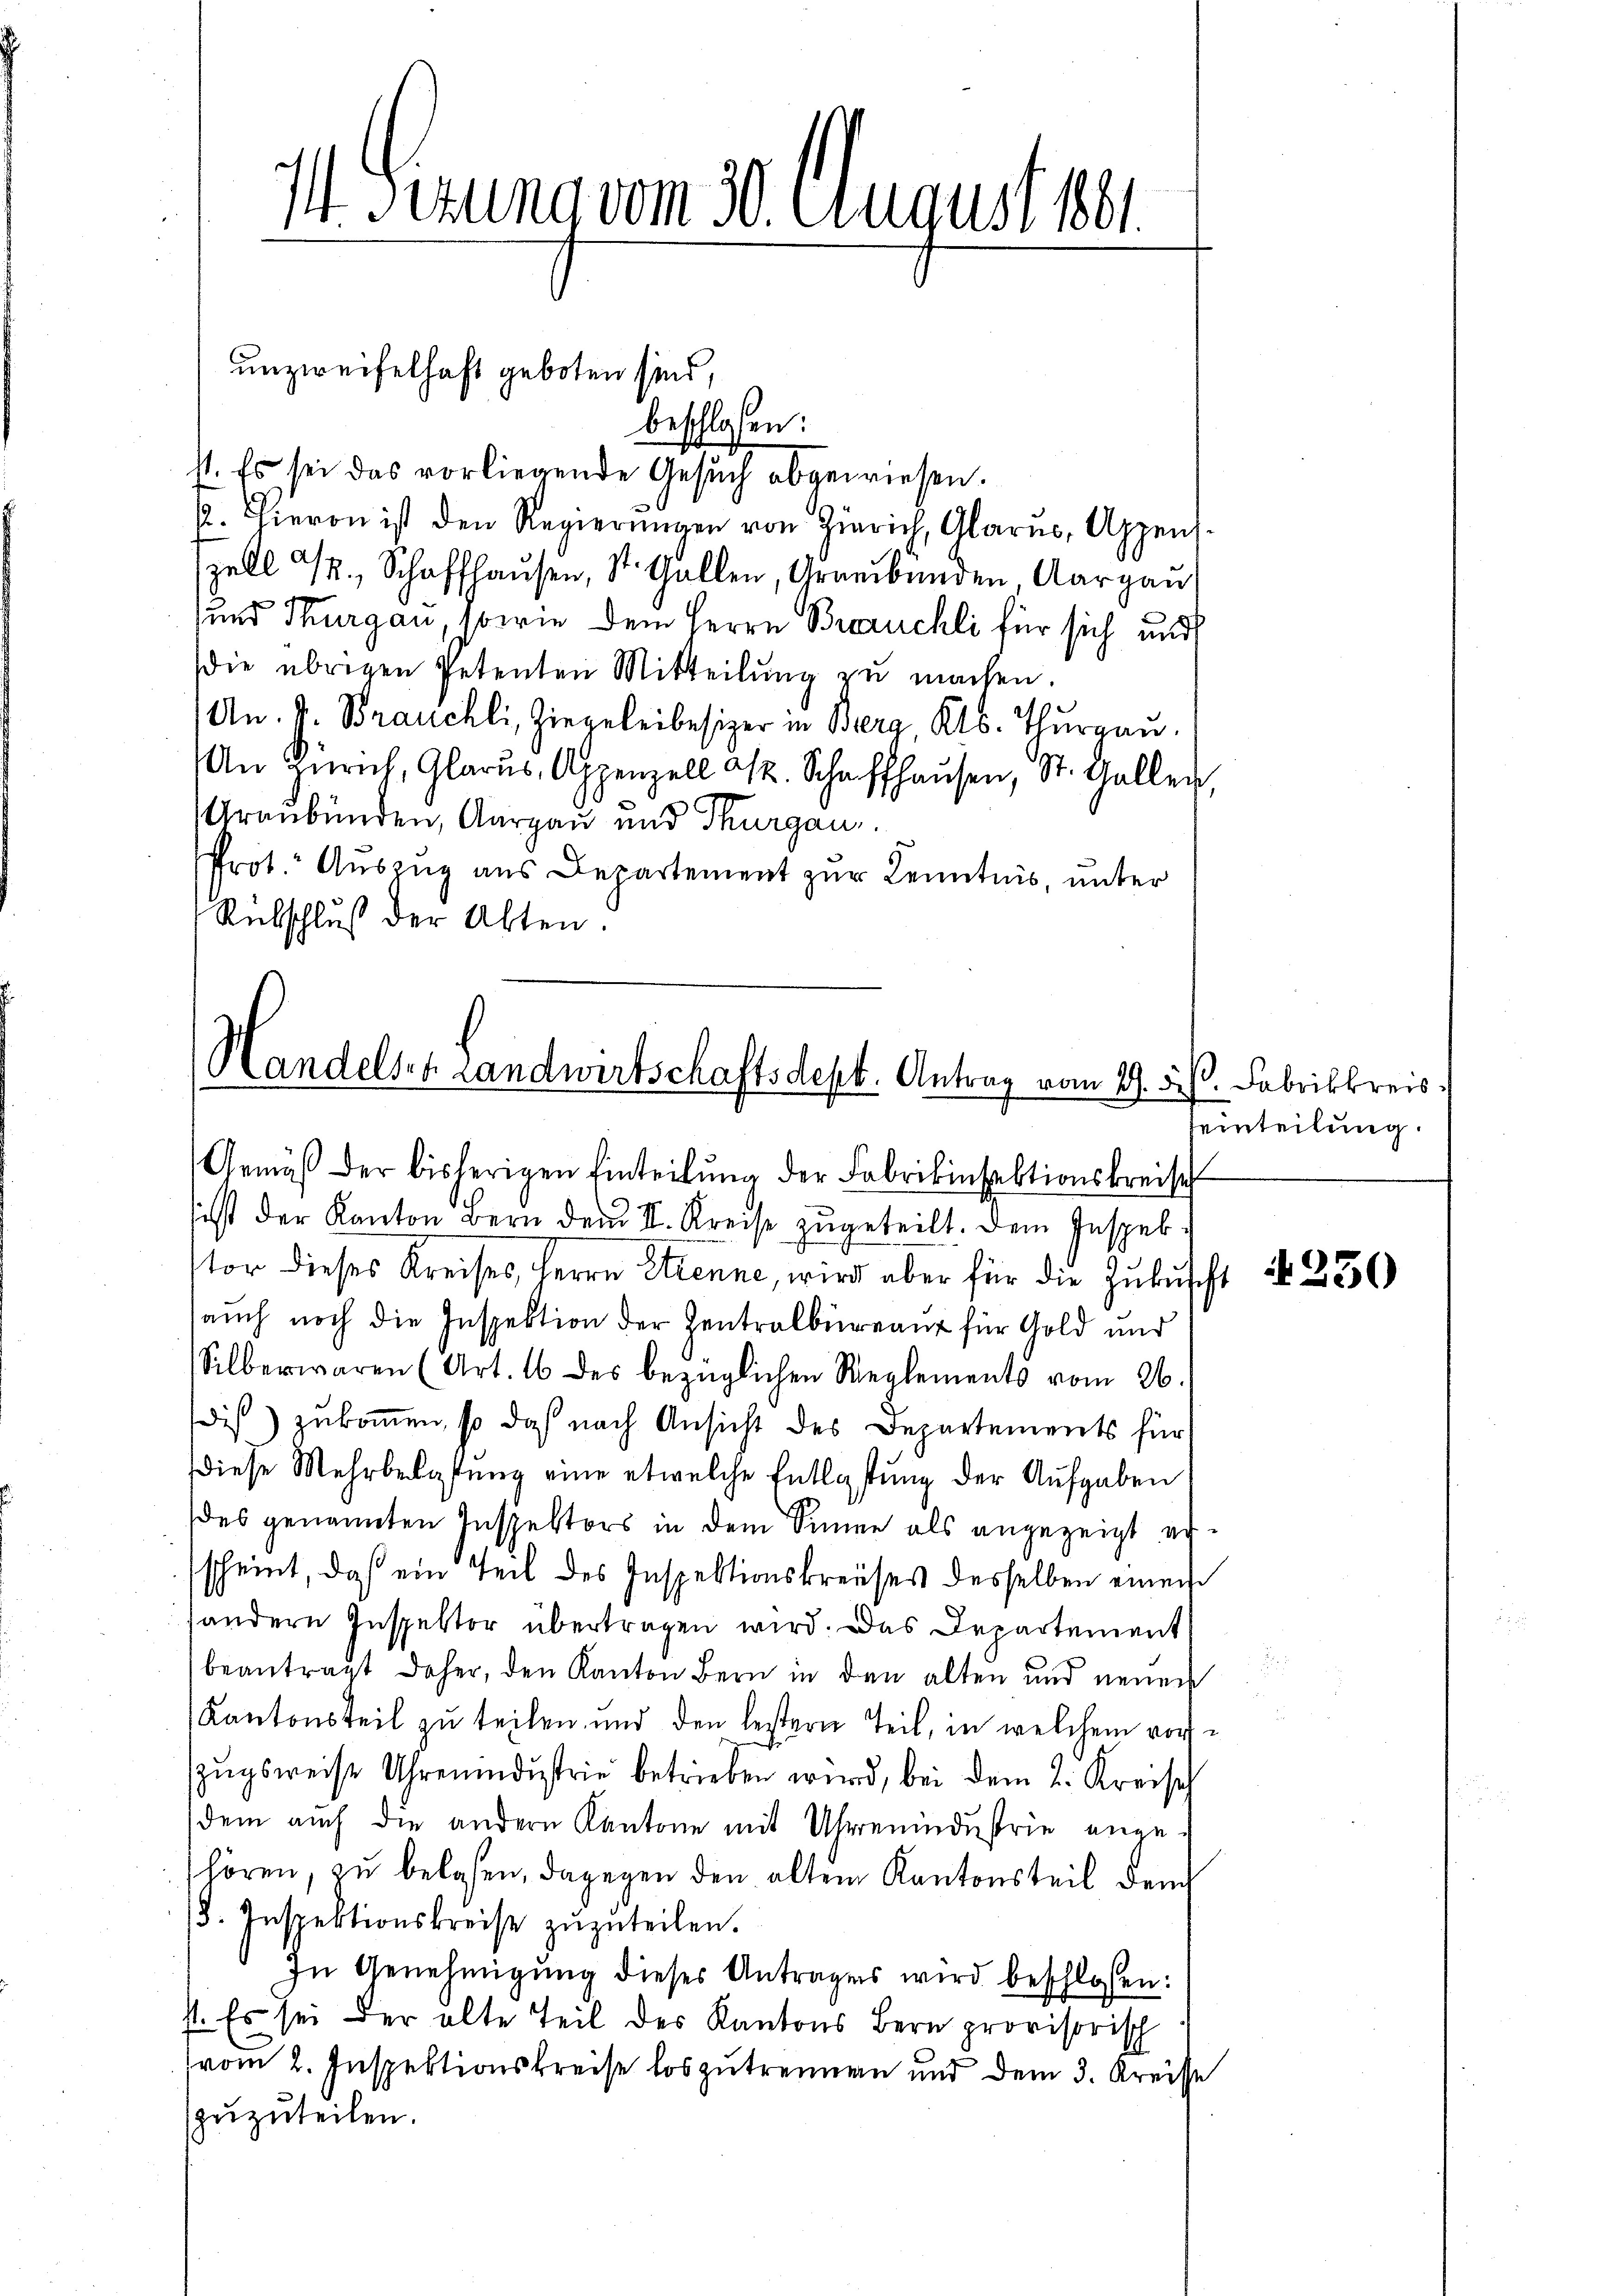
I Gerung vom 30. August 191.

unzweifelhaft geboten sind,

beschlossen:
st. Es sei das vorliegende Gesŭch abgewiesen.
2. Hieron ist den Regierŭngen von Zürich, Glarus, Appens.
zell I., Schaffhaŭsen, St. Gallen, Graubungen Aargau
und Thurgau, sowie dem Herrn Brauchli für sich und
die übrigen Petenten Mitteilŭng zŭ machen.
An. v. Brauchli, Ziegeleibesizer in Berg, Kts. Thurgau.
An Zürich, Glarus, Appenzell ist. Schaffhausen, St. Gallen,
Uranbunden, Aargau und Thurgau,
Prot. Auszug aus Departement zur Kenntnis, unter
Rübschluß der Akten.

Handels- u. Landwirtschaftsdept. Antrag vom 19. 5.
Gemäß der bisherigen Einteilung der Fabrikinsektionskreisch

sist der Kanton Bern dem II. Kreise zugeteilt. Dem Inspektor dieses Kreises, Herrn Strenne, wird aber für die Zukuscht
auch noch die Inspektion der Zentralbureau für Gold und
Silberwaren (Art. 16 des bezüglichen Reglements vom 26.
dis zukommen, so daß nach Ansicht des Departements für
diese Mehrbelastung eine etwelche Entlastung der Aufgaben
des genannten Inspektors in dem Sinnen als angezeigt erscheint, das ein Teil des Inspektionskreises desselben einen
handern Inspektor übertragen wird. Das Departement
beantragt daher, den Kanton Bern in den alten und neuen
Kantonsteil zu teilen und den bestern Teil, in welchem vorzŭgsweise Uhrenindŭstrie betrieben wird, bei dem 2. Kreisch
dem auch die andern Kantone mit Uhrenindustrie ange-
hören, zu belasen, dagegen den alten Kantonsteil dem
18. Inspektionskreise zŭzŭteilen.
In Genehmigŭng dieses Antrages wird beschlossen:
st. Es sei der alte Teil des Kantons Bern provisorisch
vom 2. Inspektionskreise loszutrennen und dem 3. Kreisse
zuzuteilen.

d. Fabrikkreis
einteilung.

4250